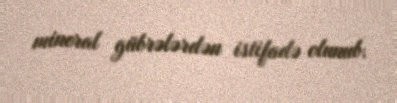
mineral gübrələrdən istifadə olunub.